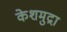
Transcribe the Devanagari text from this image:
केशमुद्रा